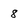
Character: 8